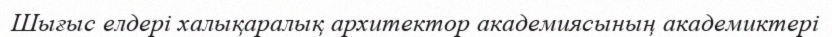
Шығыс елдері халықаралық архитектор академиясының академиктері